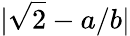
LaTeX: |{\sqrt{2}}-a/b|